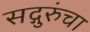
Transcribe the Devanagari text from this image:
सद्गुरुंचा